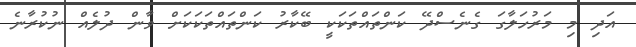
އަދި މި މަރުހަލާގަ ގެނެސްދޭ ކަންތައްތަކަކީ ބޭކާރު ކަންތައްތަކަކަށް ވާން ދުލެއް ނުކުރާނެ